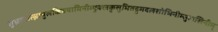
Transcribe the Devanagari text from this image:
शुभ्रज्योत्स्नापुलकितयामिनीम्फुल्लकुसुमितद्रुमदलशोभिनीम्सुहासिनीम्